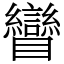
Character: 矕